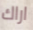
اراك